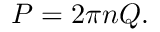
P = 2 \pi { n } Q .